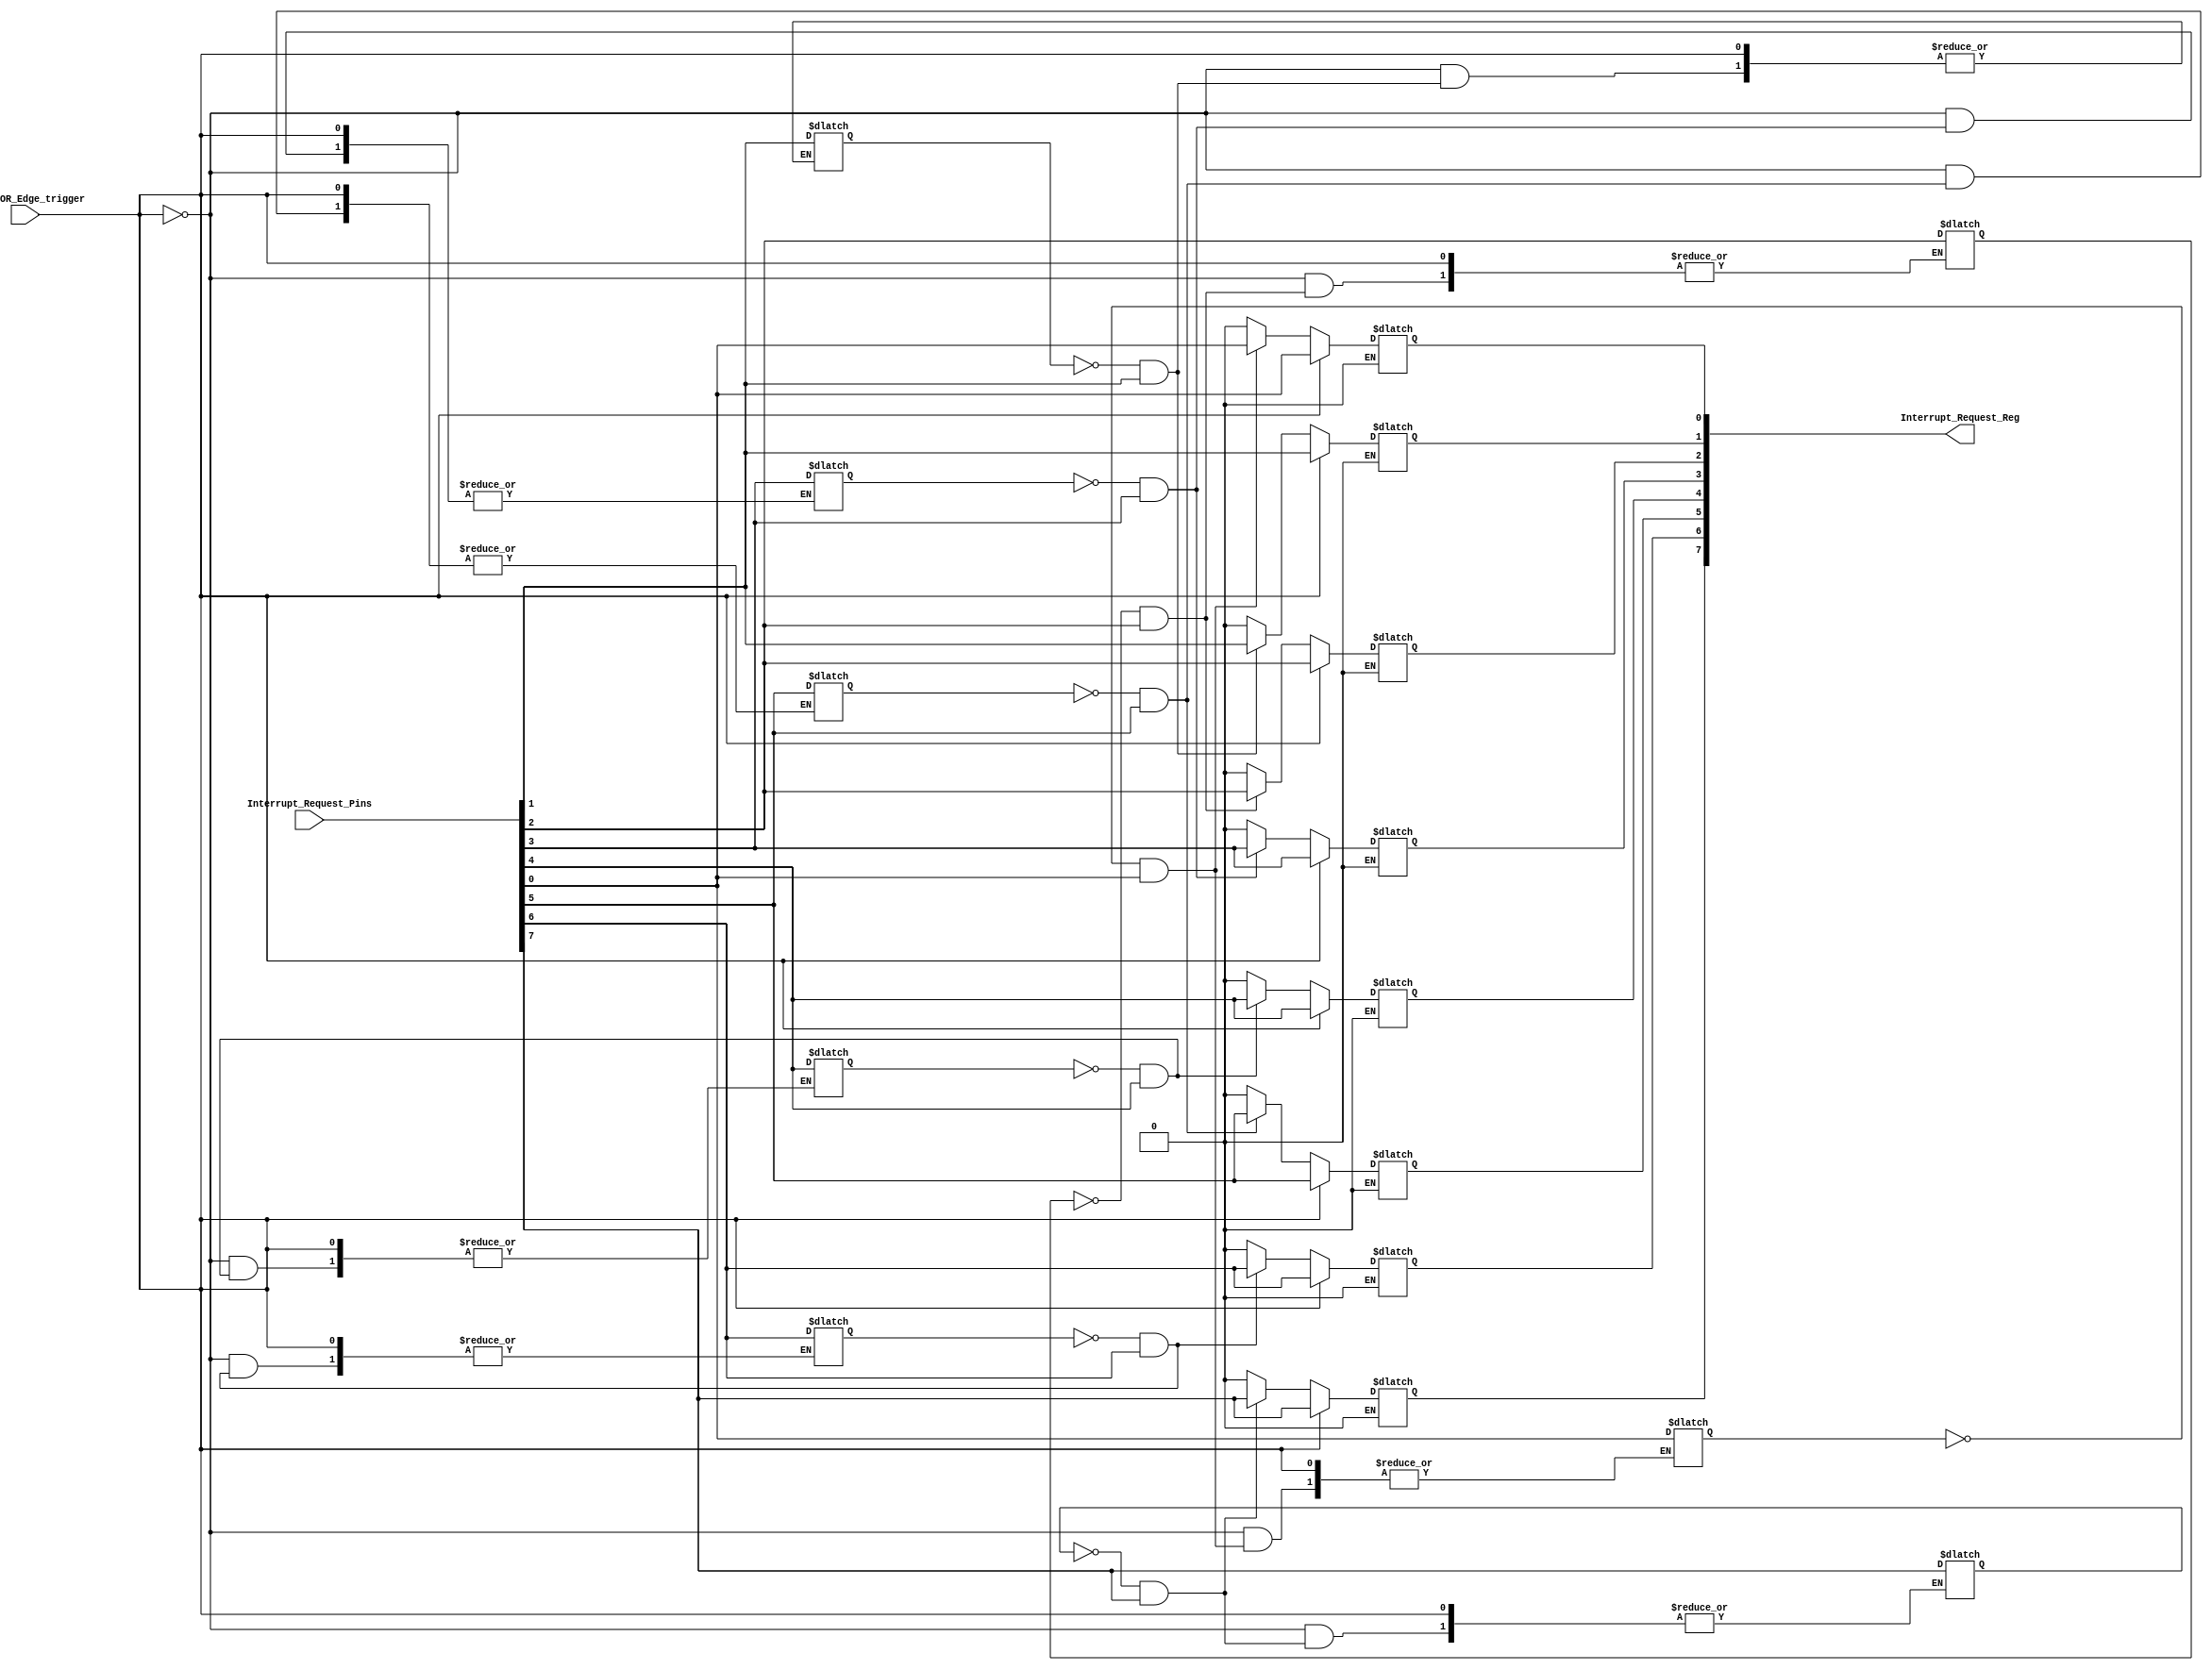
module Interrupt_Request(
    input wire Level_OR_Edge_trigger, //flag which shows the value of the bit[3] in ICW1
    input wire [7:0] Interrupt_Request_Pins, //input/output devices 
    output reg [7:0] Interrupt_Request_Reg   
);

    reg [7:0] last_Int_Req_Pin_value;
   
    genvar ir_bit_no;
    generate
        for ( ir_bit_no = 0; ir_bit_no <= 7; ir_bit_no = ir_bit_no + 1) begin
           always @(Interrupt_Request_Pins) begin
               if(Level_OR_Edge_trigger == 1'b0) begin   //edge trigger mode is on
                    if ((~last_Int_Req_Pin_value[ir_bit_no] )& Interrupt_Request_Pins[ir_bit_no]) begin
                        Interrupt_Request_Reg[ir_bit_no] <= Interrupt_Request_Pins[ir_bit_no];
                    end else begin
                       last_Int_Req_Pin_value[ir_bit_no] <= Interrupt_Request_Pins[ir_bit_no];
                        Interrupt_Request_Reg[ir_bit_no] <= 1'b0;
                    end
                end

               if(Level_OR_Edge_trigger == 1'b1) begin  // level trigger mode is on
                    if (Interrupt_Request_Pins[ir_bit_no] == 1'b1 || Interrupt_Request_Pins[ir_bit_no] == 1'b0) begin
                        Interrupt_Request_Reg[ir_bit_no] <= Interrupt_Request_Pins[ir_bit_no];
                    end else begin
                        Interrupt_Request_Reg[ir_bit_no] <= Interrupt_Request_Reg[ir_bit_no];
                    end
                end
            end
        end
    endgenerate
endmodule